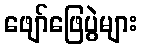
ဖျော်ဖြေပွဲများ